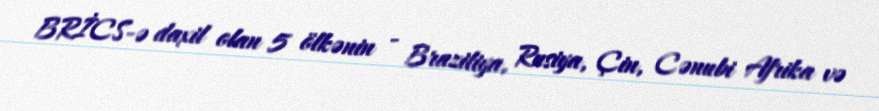
BRİCS-ə daxil olan 5 ölkənin - Braziliya, Rusiya, Çin, Cənubi Afrika və